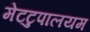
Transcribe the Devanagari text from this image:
मेटटुपालयम